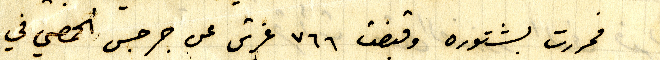
فمررت بشتوره وقبضت ٧٦٦ غرش من جرجس الحمصي في